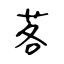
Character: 茖